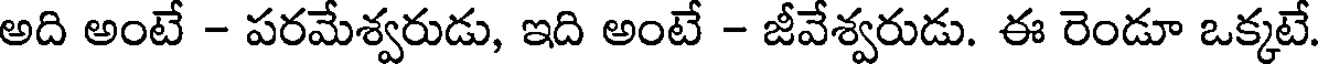
అది అంటే - పరమేశ్వరుడు, ఇది అంటే - జీవేశ్వరుడు. ఈ రెండూ ఒక్కటే